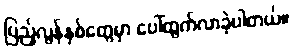
ပြည့်လွန်နှစ်တွေမှာ ပေါ်ထွက်လာခဲ့ပါတယ်။